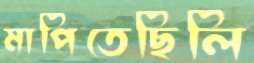
মাপিতেছিলি